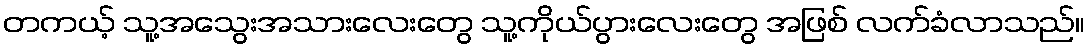
တကယ့် သူ့အသွေးအသားလေးတွေ သူ့ကိုယ်ပွားလေးတွေ အဖြစ် လက်ခံလာသည်။